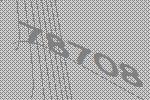
78708